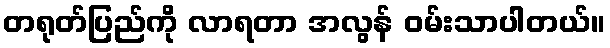
တရုတ်ပြည်ကို လာရတာ အလွန် ဝမ်းသာပါတယ်။